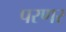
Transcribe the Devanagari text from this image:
परणर